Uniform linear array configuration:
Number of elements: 8
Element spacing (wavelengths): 0.25
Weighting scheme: exponential
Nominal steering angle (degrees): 60
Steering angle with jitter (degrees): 59.166
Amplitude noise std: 0.05
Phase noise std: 0.05

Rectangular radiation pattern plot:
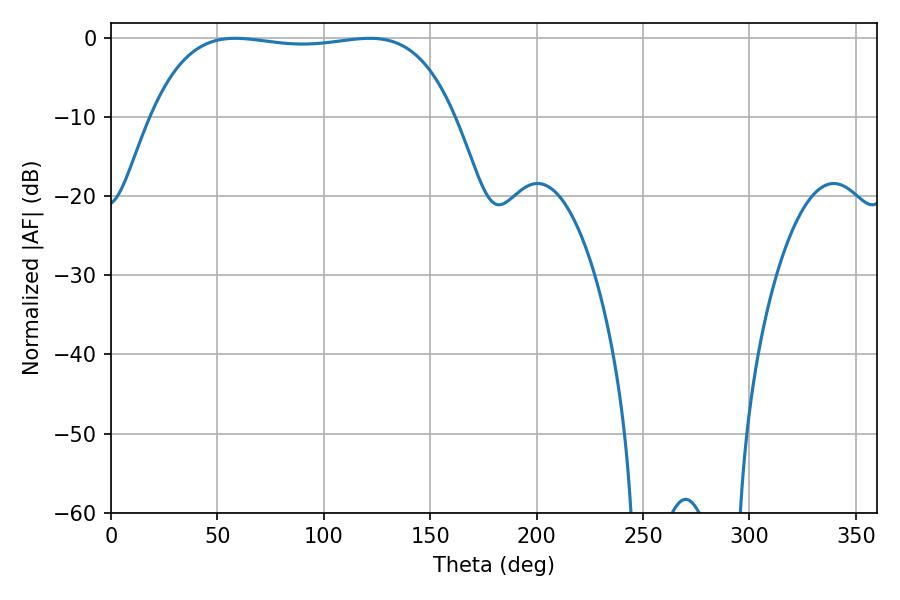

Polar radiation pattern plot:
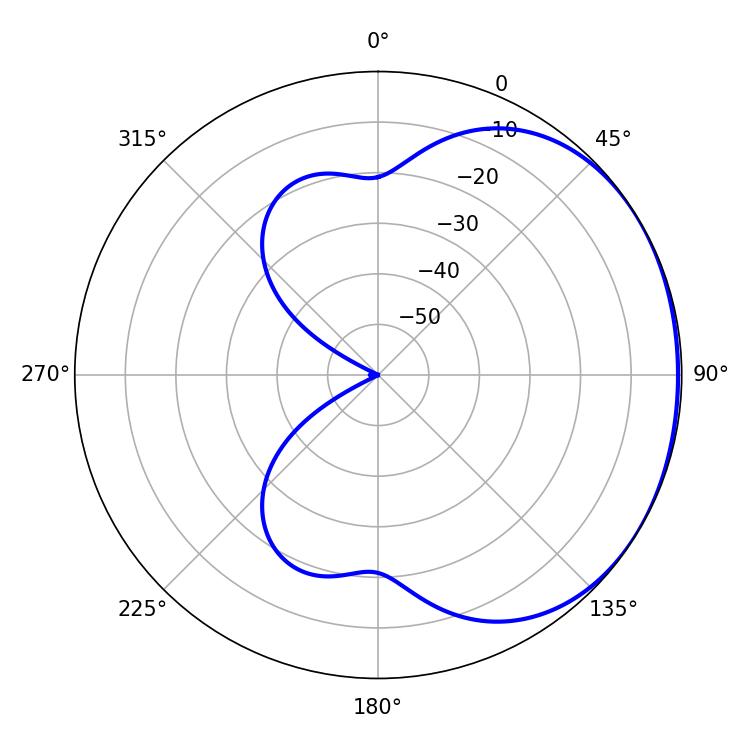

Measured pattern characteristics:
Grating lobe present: FALSE
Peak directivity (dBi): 1.097
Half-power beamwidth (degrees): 113.04
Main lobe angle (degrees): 58.32